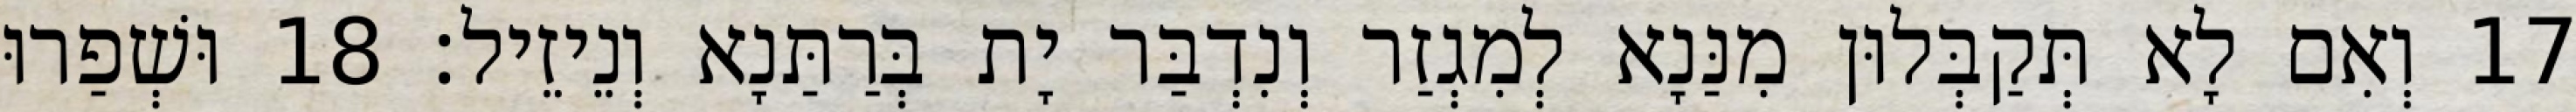
17 וְאִם לָא תְּקַבְּלוּן מִנַּנָא לְמִגְזַר וְנִדְבַּר יָת בְּרַתַּנָא וְנֵיזֵיל׃ 18 וּשְׁפַרוּ